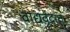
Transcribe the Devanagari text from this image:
वाद्यवृंदात